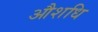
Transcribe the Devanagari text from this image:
औशधि